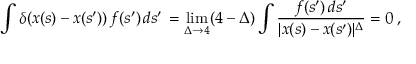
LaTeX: \int \delta ( x ( s ) - x ( s ^ { \prime } ) ) \, f ( s ^ { \prime } ) \, d s ^ { \prime } \, = \operatorname * { l i m } _ { \Delta \to 4 } ( 4 - \Delta ) \int \frac { f ( s ^ { \prime } ) \, d s ^ { \prime } } { | x ( s ) - x ( s ^ { \prime } ) | ^ { \Delta } } = 0 \; ,